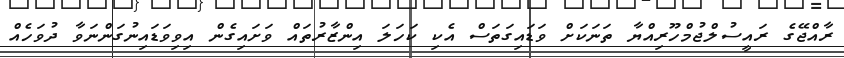
ރާއްޖޭގެ ރައީސުލްޖުމްހޫރިއްޔާ ތަނަކަށް ވަޑައިގަތަސް އެކި ކަހަލަ އިންޒާރުތައް ވަށައިގެން އިވިވަޑައިނުގަންނަވާ ދުވަހެއް